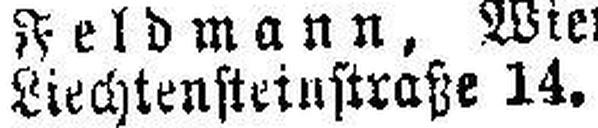
Liechtensteinstraße 14.